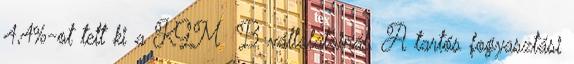
4,4%-ot tett ki a KGM B vállalatainál. A tartós fogyasztási